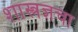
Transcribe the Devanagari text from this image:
शास्त्रज्ञचा